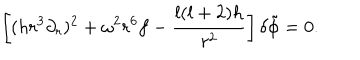
LaTeX: \left[ ( h r ^ { 3 } \partial _ { r } ) ^ { 2 } + \omega ^ { 2 } r ^ { 6 } f - { \frac { l ( l + 2 ) h } { r ^ { 2 } } } \right] \delta \tilde { \phi } = 0 .